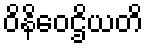
ဝိနိဝေဌိယတိ